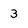
Character: 3